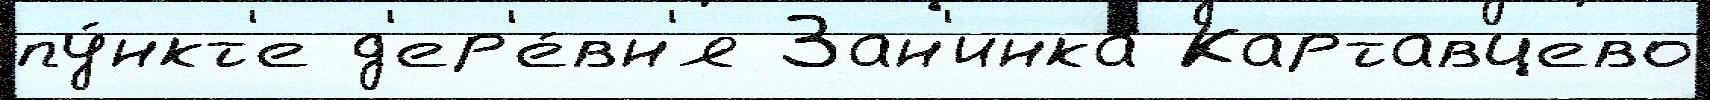
пу́нкт'е д'ер'е́вн'я Зан'инка Картавцево